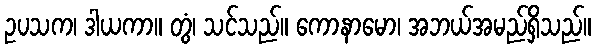
ဥပသက၊ ဒါယကာ။ တွံ၊ သင်သည်။ ကောနာမော၊ အဘယ်အမည်ရှိသည်။